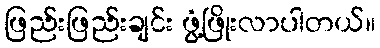
ဖြည်းဖြည်းချင်း ဖွံ့ဖြိုးလာပါတယ်။